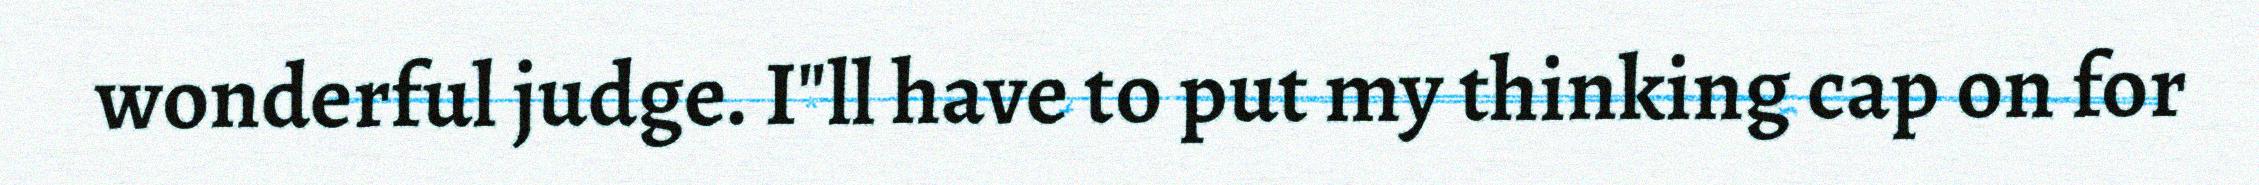
wonderful judge. I"ll have to put my thinking cap on for